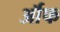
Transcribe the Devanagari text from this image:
र्ऑफ